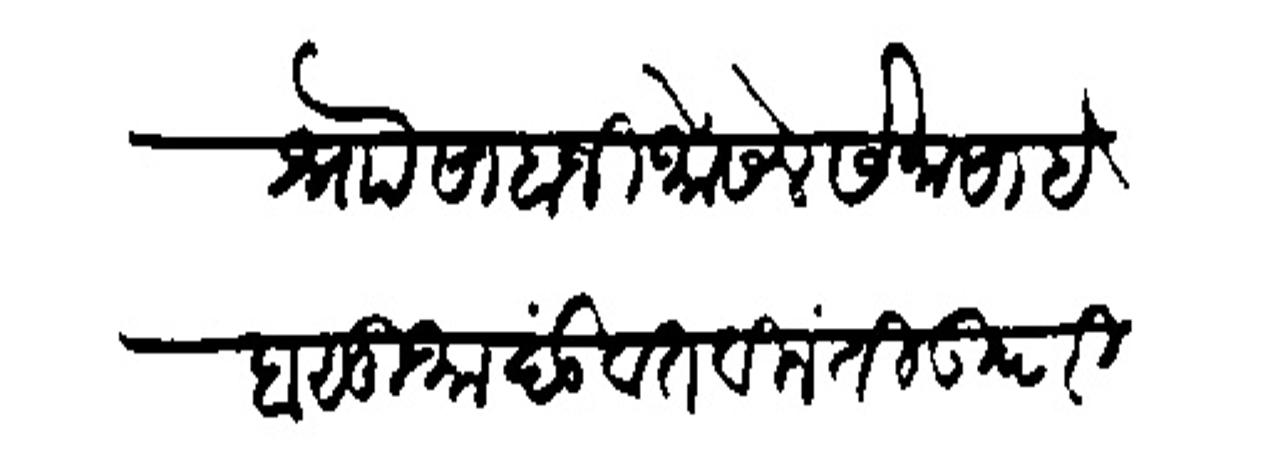
Transliteration (Devanagari): श्र्नोा साबाजी भोंसले सेनासाहेब सुभा दंडवत विनंती उपरि